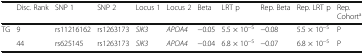
|  | Disc. Rank | SNP 1 | SNP 2 | Locus 1 | Locus 2 | Beta | LRT p | Rep. Beta | Rep. LRT p | Rep. Cohorta |
 | --- | --- | --- | --- | --- | --- | --- | --- | --- | --- | --- |
 | <ROWSPAN=2> TG | 9 | rs11216162 | rs1263173 | SIK3 | APOA4 | −0.05 | 5.5 × 10−5 | −0.08 | 5.5 × 10−5 | P |
 | 44 | rs625145 | rs1263173 | SIK3 | APOA4 | −0.04 | 6.8 × 10−5 | −0.07 | 6.8 × 10−5 | P |